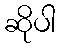
ဆိုပါ